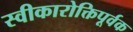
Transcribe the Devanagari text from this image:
स्वीकारोक्तिपूर्वक